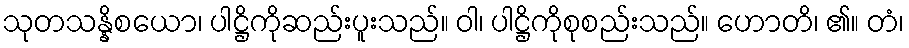
သုတသန္နိစယော၊ ပါဋ္ဌိကိုဆည်းပူးသည်။ ဝါ၊ ပါဋ္ဌိကိုစုစည်းသည်။ ဟောတိ၊ ၏။ တံ၊